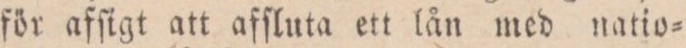
för afſigt att afſluta ett lån med natio=